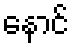
နောင်